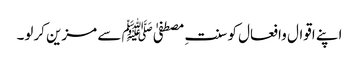
اپنے اقوال وافعال کو سنتِ مصطفیٰﷺ سے مزین کرلو۔